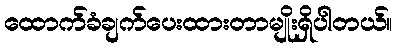
ထောက်ခံချက်ပေးထားတာမျိုးရှိပါတယ်။